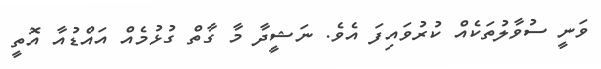
ވަނީ ސުވާލުތަކެއް ކުރުވައިފަ އެވެ. ނަޝީދާ މާ ގާތް ގުޅުމެއް އައްޑުއާ އޮތީ